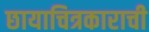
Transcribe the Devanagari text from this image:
छायाचित्रकाराची